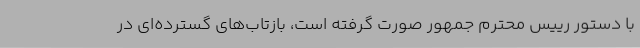
با دستور رییس محترم جمهور صورت گرفته است، بازتاب‌های گسترده‌ای در